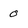
Character: 0